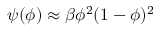
\psi ( \phi ) \approx \beta \phi ^ { 2 } ( 1 - \phi ) ^ { 2 }